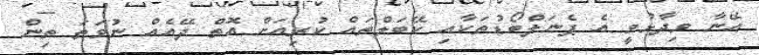
އޭނާ ވިދާޅުވީ އެ ޕެނަލްބޯޑުތަކާއި ކޭބަލްތައް ކުރިއަށް އޮތް ދޭއެއް ނުވަތަ ތިން